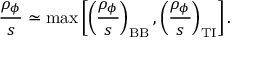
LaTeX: \frac { \rho _ { \phi } } { s } \simeq \operatorname * { m a x } \left[ \left( \frac { \rho _ { \phi } } { s } \right) _ { \mathrm { B B } } , \left( \frac { \rho _ { \phi } } { s } \right) _ { \mathrm { T I } } \right] .